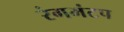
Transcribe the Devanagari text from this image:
रंगमंटप